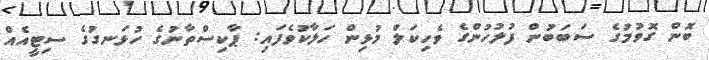
ބޮން ގޮވުމުގެ ސަބަބުން ފުލުހުންގެ ވެހިކަލް މުޅިން ހަލާކުވެފައި: ޕާކިސްތާނުގެ ހުޅަނގުގެ ސިޓީއެއް